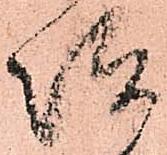
坂